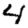
Digit: 4